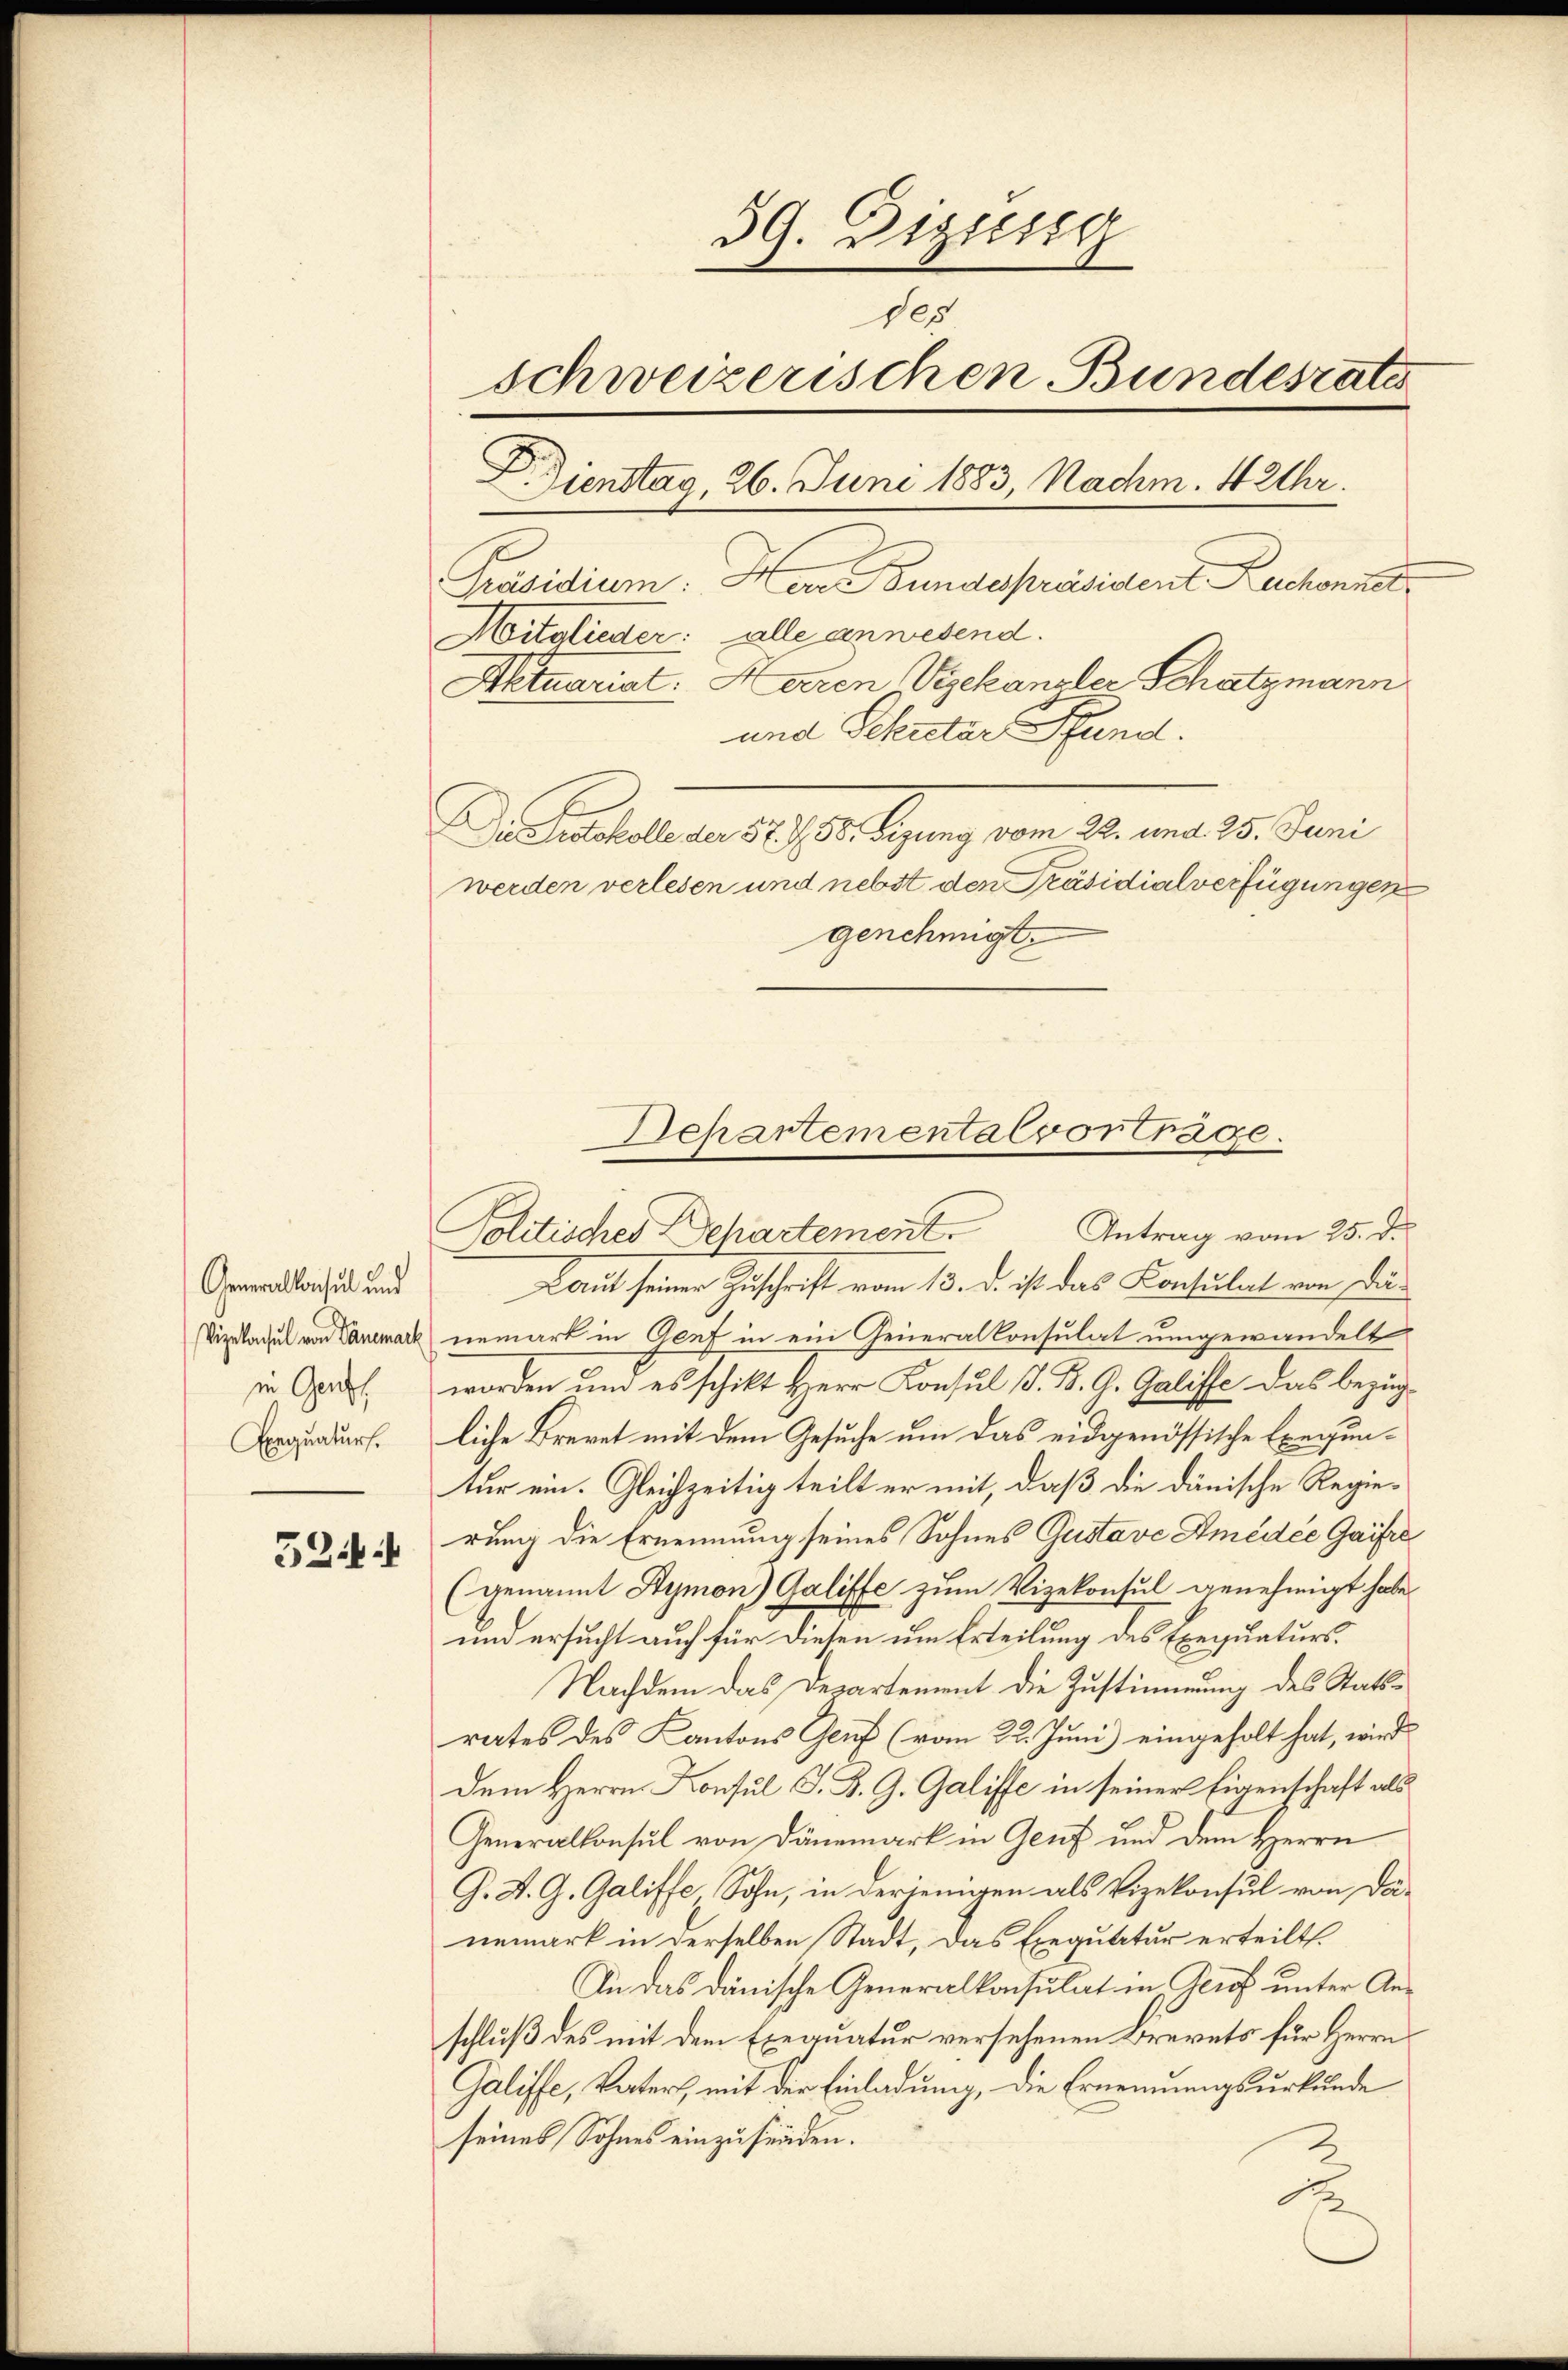
Generalkonsul und
Vizelachel von Panemark
in Genf,
Exequatur.

524

39. Dizung
des
schweizerischen Bundesrate
Dienstag, 26. Juni 1883, Nachm. 4 Uhr.
Präsidium. Herr Bundepräsident Ruchonnet
Mitglieder: alle anwesend.
Aktuariat. Herren Vizekanzler Schatzmann
und Schreter Pfund.
Die Protokolle der 57. 758. Sizung vom 22. und 25. Juni
werden verlesen und nebst den Präsidialverfügungen
genehmigt.

Laut seiner Zuschrift vom 13. d. ist das Consulat von dienemark in Genf in ein Generalkonsulat umgewandelt
worden um es schikt Herr Konsul S. B. G. Galiffe das bezüg-
liche Brevet mit dem Gesuche um das eidgenössische Exeguntur ein. Gleichzeitig teilt er mit, daß die dänische Regierung die Ernennung seines Sohnes Gustave Amedee Gaisre
(genannt Symon) Galiffe zum Vizekonsul genehmigt habe,
und ersucht auch für diesen um Erteilung des Exequaturs¬
Nachdem das Departement die Zustimmung des Statsrates des Kantons Genf (vom 22. Juni eingeholt hat, wird
dem Herrn Konsul S. B. G. Galiffe in seiner Eigenschaft als
Generalkonsul von Dänemark in Genf und dem Herrn
G. A. G. Galiffe Sohn, in derjenigen als Vizekonsul von Dannmark in derselben Stadt, das Exequatur erteilt.
In das dänische Generalkonsulat in Genf unter Anschluß des mit dem Exequatur versehenen Brevets für Herrn
Galiffe, Vaters, mit der Einladung, die Ernennungsurkunde
seines Sohnes einzufinden.

Departemental vortrage.
Politisches Departement. Antrag vom 25. d.